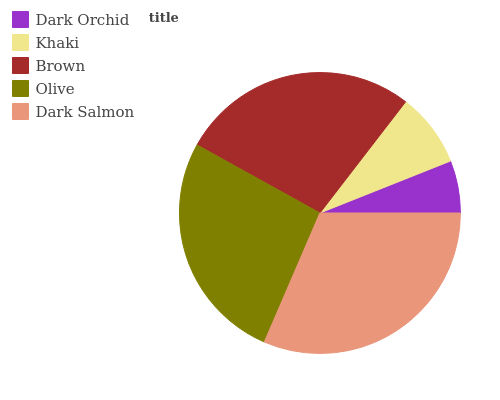
| Dark Orchid | Khaki | Brown | Olive | Dark Salmon |
 | --- | --- | --- | --- | --- |
 | 6.03% | 8.51% | 27.4% | 26.6% | 31.5% |